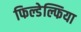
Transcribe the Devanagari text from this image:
फिल्डेल्फिया